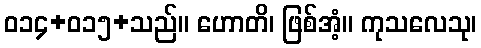
ဝ၁၄+၀၁၅+သည်။ ဟောတိ၊ ဖြစ်အံ့။ ကုသလေသု၊